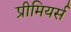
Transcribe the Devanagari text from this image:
प्रीमियर्स